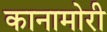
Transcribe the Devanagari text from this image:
कानामोरी